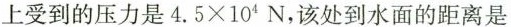
上受到的压力是$$4.5×10^{4}N$$，该处到水面的距离是